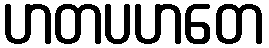
ဟတပဟတေ